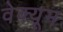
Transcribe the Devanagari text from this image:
वेक्यूम